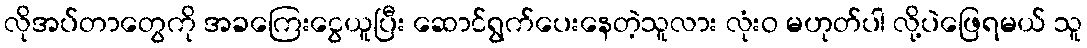
လိုအပ်တာတွေကို အခကြေးငွေယူပြီး ဆောင်ရွက်ပေးနေတဲ့သူလား လုံးဝ မဟုတ်ပါ လို့ပဲဖြေရမယ် သူ